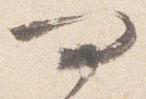
問